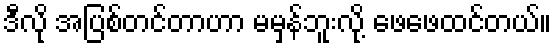
ဒီလို အပြစ်တင်တာဟာ မမှန်ဘူးလို့ ဖေဖေထင်တယ်။